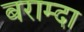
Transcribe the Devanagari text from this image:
बराम्दा